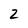
Character: 2